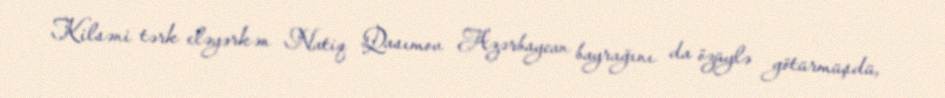
Kilsəni tərk eləyərkən Natiq Qasımov Azərbaycan bayrağını da özüylə götürmüşdü,